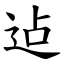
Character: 迠